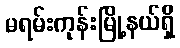
မရမ်းကုန်းမြို့နယ်ရှိ